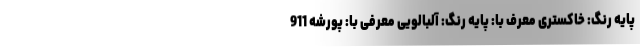
پایه رنگ: خاکستری معرف با: پایه رنگ: آلبالویی معرفی با: پورشه 911